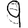
Digit: 9